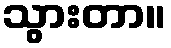
သွားတာ။